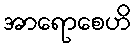
အာရောစေဟိ